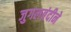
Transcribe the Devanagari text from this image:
जुगलबंदीने